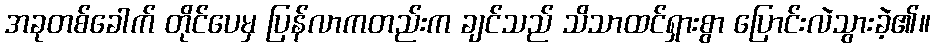
အခုတစ်ခေါက် တိုင်ပေမှ ပြန်လာကတည်းက ချင်သည် သိသာထင်ရှားစွာ ပြောင်းလဲသွားခဲ့၏။